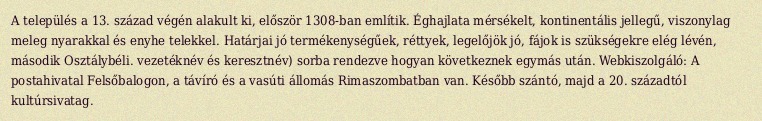
A település a 13. század végén alakult ki, először 1308-ban említik. Éghajlata mérsékelt, kontinentális jellegű, viszonylag meleg nyarakkal és enyhe telekkel. Határjai jó termékenységűek, réttyek, legelőjök jó, fájok is szükségekre elég lévén, második Osztálybéli. vezetéknév és keresztnév) sorba rendezve hogyan következnek egymás után. Webkiszolgáló: A postahivatal Felsőbalogon, a távíró és a vasúti állomás Rimaszombatban van. Később szántó, majd a 20. századtól kultúrsivatag.